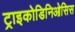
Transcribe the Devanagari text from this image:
ट्राइकोडिनिओसिस